Report on sanitation, dispensaries, and jails in Rajputana for 1916, and on vaccination for the year 1916-1917 - 1916-1917
Year: 1916
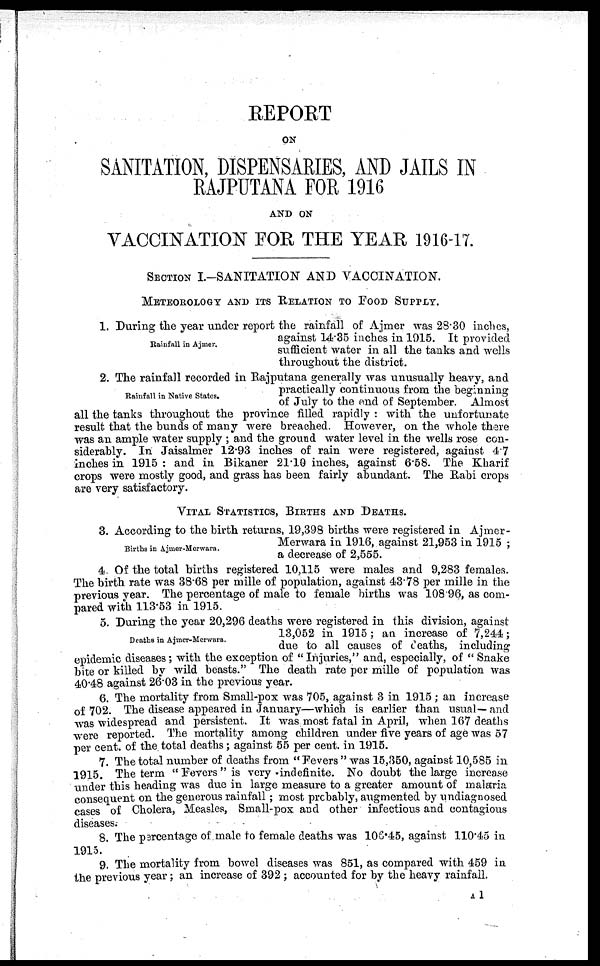
REPORT
ON
SANITATION, DISPENSARIES, AND JAILS IN
RAJPUTANA FOR 1916
AND ON
VACCINATION FOR THE YEAR 1916-17.
SECTION I.—SANITATION AND VACCINATION.
METEOROLOGY AND ITS RELATION TO FOOD SUPPLY.
Rainfall in Ajmer.
1. During the year under report the rainfall of Ajmer was 28.30 inches,
against 14.35 inches in 1915. It provided
sufficient water in all the tanks and wells
throughout the district.
Rainfall in Native States.
2. The rainfall recorded in Rajputana generally was unusually heavy, and
practically continuous from the beginning
of July to the end of September. Almost
all the tanks throughout the province filled rapidly: with the unfortunate
result that the bunds of many were breached. However, on the whole there
was an ample water supply ; and the ground water level in the wells rose con-
siderably. In Jaisalmer 12.93 inches of rain were registered, against 4.7
inches in 1915 : and in Bikaner 21.10 inches, against 6.58. The Kharif
crops were mostly good, and grass has been fairly abundant. The Rabi crops
are very satisfactory.
VITAL STATISTICS, BIRTHS AND DEATHS.
Births in Ajmer-Merwara.
3. According to the birth returns, 19,398 births were registered in Ajmer-
Merwara in 1916, against 21,953 in 1915 ;
a decrease of 2,555.
4. Of the total births registered 10,115 were males and 9,283 females.
The birth rate was 38.68 per mille of population, against 43.78 per mille in the
previous year. The percentage of male to female births was 108.96, as com-
pared with 113.53 in 1915.
Deaths in Ajmer-Merwara.
5. During the year 20,296 deaths were registered in this division, against
13,052 in 1915; an increase of 7,244;
due to all causes of deaths, including
epidemic diseases; with the exception of " Injuries," and, especially, of " Snake
bite or killed by wild beasts." The death rate per mille of population was
40.48 against 26.03 in the previous year.
6. The mortality from Small-pox was 705, against 3 in 1915 ; an increase
of 702. The disease appeared in January—which is earlier than usual—and
was widespread and persistent. It was most fatal in April, when 167 deaths
were reported. The mortality among children under five years of age was 57
per cent. of the total deaths; against 55 per cent. in 1915.
7. The total number of deaths from " Fevers " was 15,350, against 10,585 in
1915. The term "Fevers" is very indefinite. No doubt the large increase
under this heading was due in large measure to a greater amount of malaria
consequent on the generous rainfall ; most probably, augmented by undiagnosed
cases of Cholera, Measles, Small-pox and other infectious and contagious
diseases.
8. The percentage of male to female deaths was 106.45, against 110.45 in
1915.
9. The mortality from bowel diseases was 851, as compared with 459 in
the previous year ; an increase of 392 ; accounted for by the heavy rainfall.
A 1